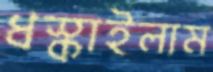
ধস্‌কাইলাম